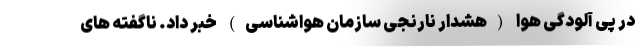
در پی آلودگی هوا (هشدار نارنجی سازمان هواشناسی) خبر داد. ناگفته های